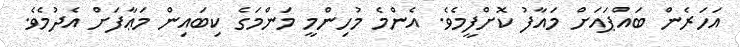
އަހަރެން ބައްޕައަށް މައާފު ކޮށްފީމެވެ. އެންމެ މުހިންމީ މަންމަގެ ކިބައިން މަޢާފަށް އެދުމެވެ.